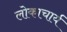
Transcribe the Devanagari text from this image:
लोकाचार्य